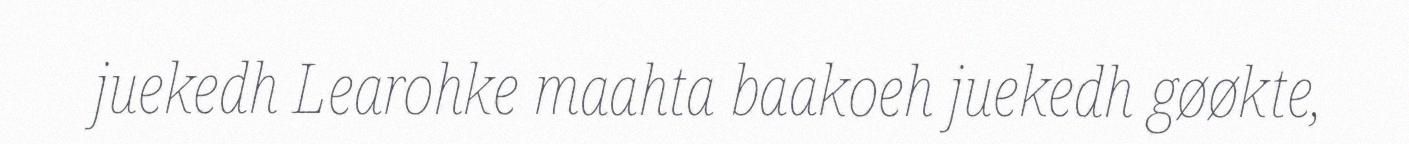
juekedh Learohke maahta baakoeh juekedh gøøkte,